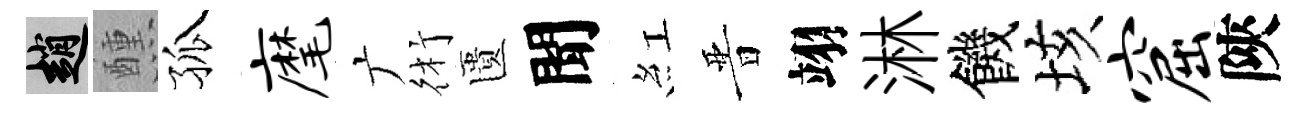
趙醺孤麾广術匱聞紅晋翊淋饑垓窟陝